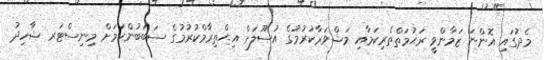
މެދުގައި އޮންނަ ޒަމާންވީ ރަޙުމަތްތެރިކަމާއި މަޝްވަރާކުރުމުގެ އުޞޫލަށް އިޙްތިރާމްކުރުމުގެ ސަބަބުންކަމަށް މިނިސްޓަރ ޝާހިދު